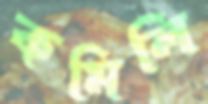
কমিলি